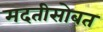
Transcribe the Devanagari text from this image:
मदतीसोबत